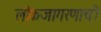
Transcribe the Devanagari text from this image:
लोकजागरणाची